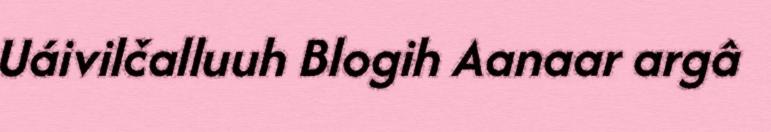
Uáivilčalluuh Blogih Aanaar argâ